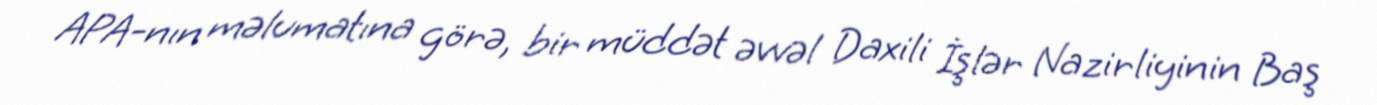
APA-nın məlumatına görə, bir müddət əvvəl Daxili İşlər Nazirliyinin Baş